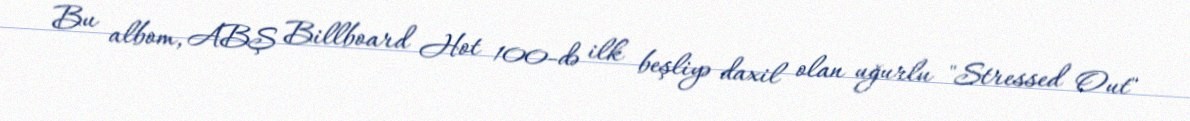
Bu albom, ABŞ Billboard Hot 100-də ilk beşliyə daxil olan uğurlu "Stressed Out"